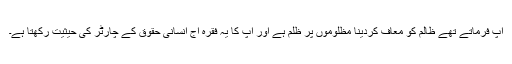
آپ فرماتے تھے ظالم کو معاف کردینا مظلوموں پر ظلم ہے اور آپ کا یہ فقرہ آج انسانی حقوق کے چارٹر کی حیثیت رکھتا ہے۔